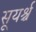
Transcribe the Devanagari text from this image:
सूयर्श्च